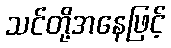
သင်တို့အနေဖြင့်